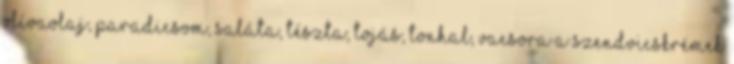
olívaolaj, paradicsom, saláta, tészta, tojás, tonhal, vacsora A szendvicskrémek